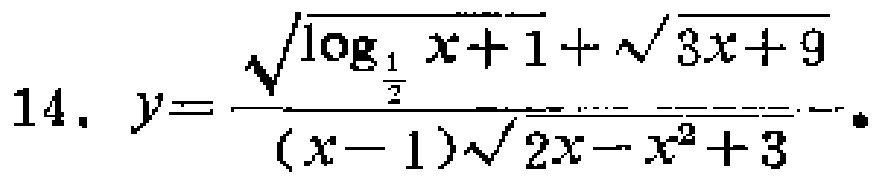
\[14.\ y = \frac{\sqrt{\log_{\frac{1}{2}}x + 1}+\sqrt{3x + 9}}{(x - 1)\sqrt{2x - x^{2}+3}}.\]